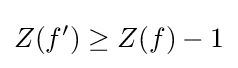
Z(f')\geq Z(f)-1